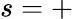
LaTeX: s=+